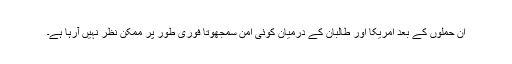
ان حملوں کے بعد امریکا اور طالبان کے درمیان کوئی امن سمجھوتا فوری طور پر ممکن نظر نہیں آرہا ہے۔